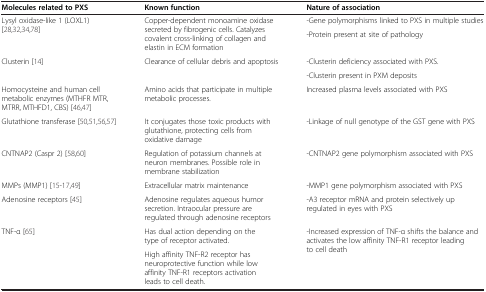
<table><thead><tr><td><b>Molecules related to PXS</b></td><td><b>Known function</b></td><td><b>Nature of association</b></td></tr></thead><tbody><tr><td rowspan="2">Lysyl oxidase-like 1 (LOXL1)[28,32,34,78]</td><td rowspan="2">Copper-dependent monoamine oxidase secreted by fibrogenic cells. Catalyzes covalent cross-linking of collagen and elastin in ECM formation</td><td>-Gene polymorphisms linked to PXS in multiple studies</td></tr><tr><td>-Protein present at site of pathology</td></tr><tr><td rowspan="2">Clusterin[14]</td><td rowspan="2">Clearance of cellular debris and apoptosis</td><td>-Clusterin deficiency associated with PXS.</td></tr><tr><td>-Clusterin present in PXM deposits</td></tr><tr><td>Homocysteine and human cell metabolic enzymes (MTHFR MTR, MTRR, MTHFD1, CBS)[46,47]</td><td>Amino acids that participate in multiple metabolic processes.</td><td>Increased plasma levels associated with PXS</td></tr><tr><td>Glutathione transferase[50,51,56,57]</td><td>It conjugates those toxic products with glutathione, protecting cells from oxidative damage</td><td>-Linkage of null genotype of the GST gene with PXS</td></tr><tr><td>CNTNAP2 (Caspr 2)[58,60]</td><td>Regulation of potassium channels at neuron membranes. Possible role in membrane stabilization</td><td>-CNTNAP2 gene polymorphism associated with PXS</td></tr><tr><td>MMPs (MMP1)[15-17,49]</td><td>Extracellular matrix maintenance</td><td>-MMP1 gene polymorphism associated with PXS</td></tr><tr><td>Adenosine receptors[45]</td><td>Adenosine regulates aqueous humor secretion. Intraocular pressure are regulated through adenosine receptors</td><td>-A3 receptor mRNA and protein selectively up regulated in eyes with PXS</td></tr><tr><td>TNF-α[65]</td><td>Has dual action depending on the type of receptor activated.</td><td>-Increased expression of TNF-α shifts the balance and activates the low affinity TNF-R1 receptor leading to cell death</td></tr><tr><td> </td><td>High affinity TNF-R2 receptor has neuroprotective function while low affinity TNF-R1 receptors activation leads to cell death.</td><td> </td></tr></tbody></table>